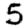
Digit: 5